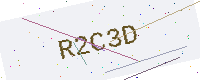
Text: R2C3D